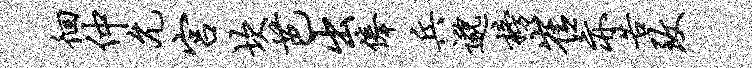
徊仲允宫坎芭出俸兵邈榜崔亦告致